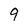
Character: q